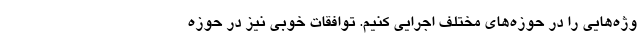
وژه‌هایی را در حوزه‌های مختلف اجرایی کنیم. توافقات خوبی نیز در حوزه